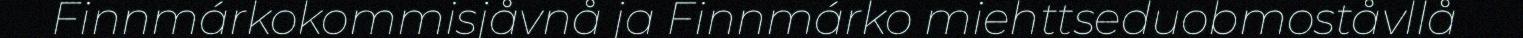
Finnmárkokommisjåvnå ja Finnmárko miehttseduobmoståvllå